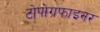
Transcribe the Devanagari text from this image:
टोपोग्रफाइनर